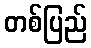
တစ်ပြည်